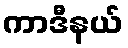
ကာဒီနယ်